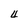
Character: 4